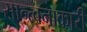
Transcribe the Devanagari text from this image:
सान्त्वनाकारी